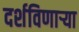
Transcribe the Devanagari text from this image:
दर्शविणाऱ्या